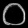
Digit: ၀